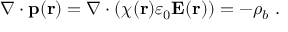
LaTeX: \nabla \cdot \mathbf { p } ( \mathbf { r } ) = \nabla \cdot \left( \chi ( \mathbf { r } ) \varepsilon _ { 0 } \mathbf { E } ( \mathbf { r } ) \right) = - \rho _ { b } \ .